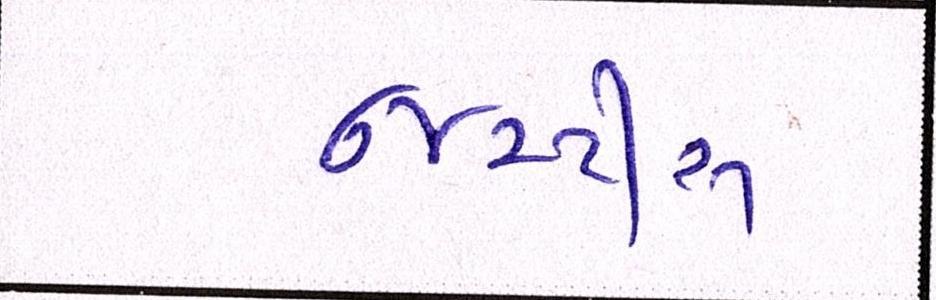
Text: જસ્ટીસ